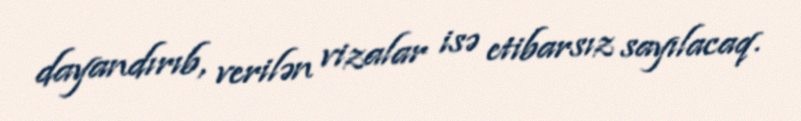
dayandırıb, verilən vizalar isə etibarsız sayılacaq.